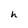
Character: h